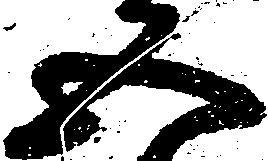
五